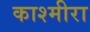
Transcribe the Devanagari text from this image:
काश्मीरा